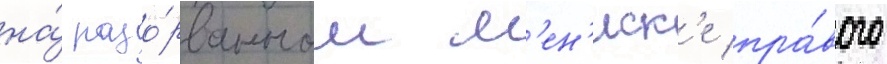
на́ разо́рванном м'ен'иск'е пра́вого